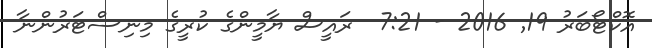
އޮކްޓޯބަރު 19